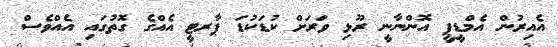
އެއިރުން އެމްޑީޕީ އޮންނާނީ ރޫޅި ވަރަށް ކުޑަކުޑަ ޕާރޓީ އެއްގެ ގޮތުގައި އެއްވެސް